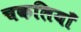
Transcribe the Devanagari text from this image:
चकलियाँ